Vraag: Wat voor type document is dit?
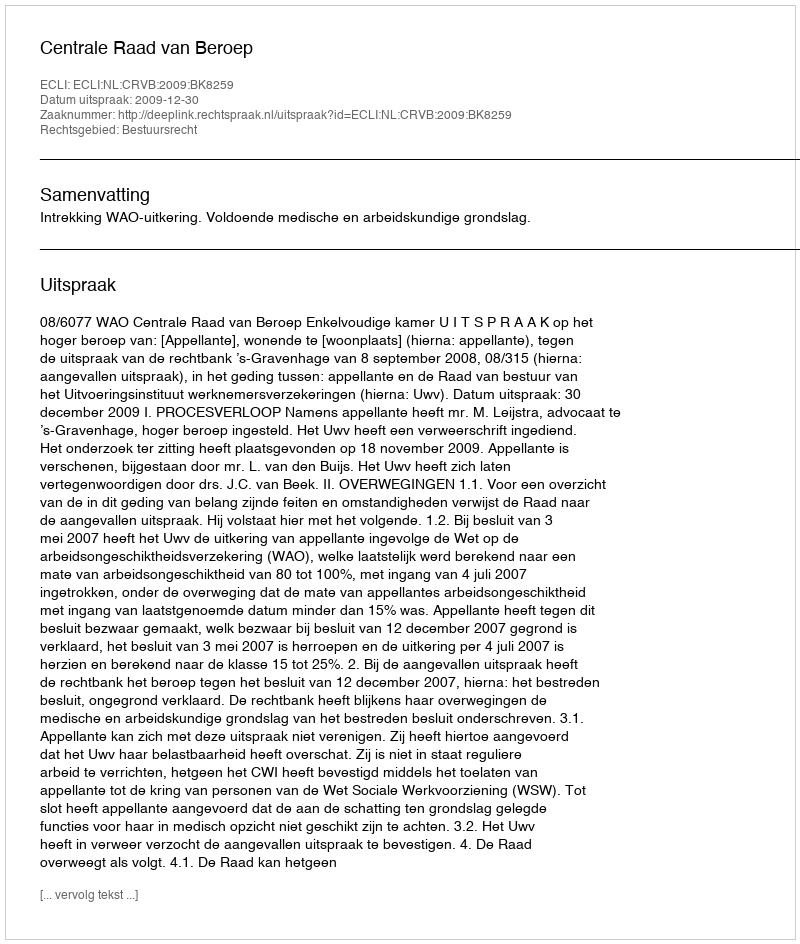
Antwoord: Uitspraak